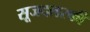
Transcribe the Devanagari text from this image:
सूजदलस्की